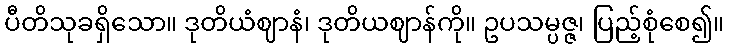
ပီတိသုခရှိသော။ ဒုတိယံဈာနံ၊ ဒုတိယဈာန်ကို။ ဥပသမ္ပဇ္ဇ၊ ပြည့်စုံစေ၍။